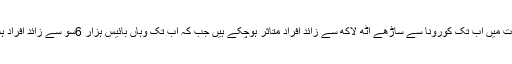
واضح رہے بھارت میں اب تک کورونا سے ساڑھے آٹھ لاکھ سے زائد افراد متاثر ہوچکے ہیں جب کہ اب تک وہاں بائیس ہزار 6سو سے زائد افراد ہلاک ہوچکے ہیں۔